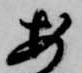
安